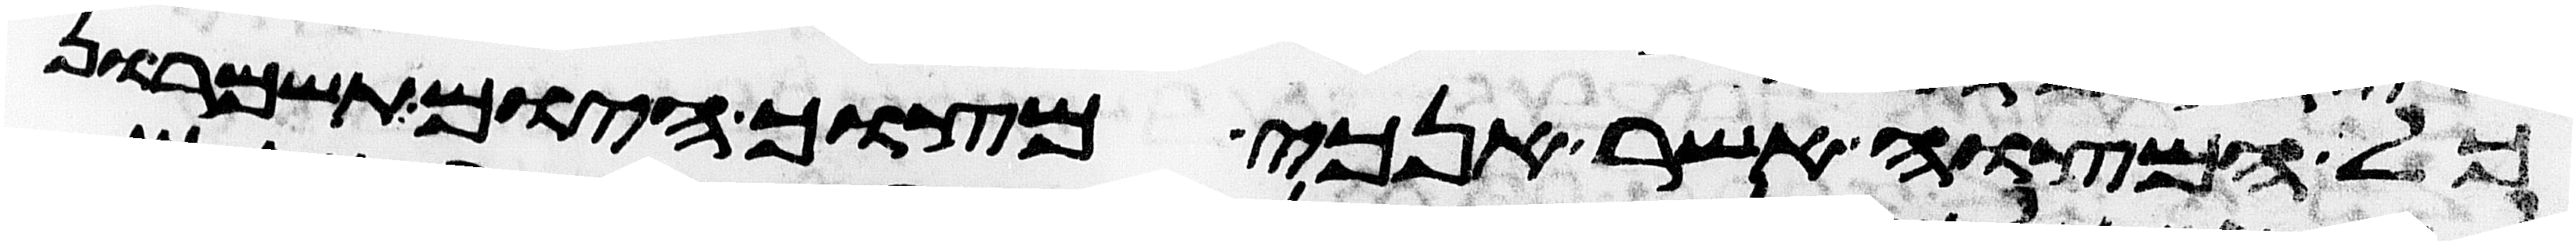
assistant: כל המצוה אשר אנכי מצוך היום תשמרון